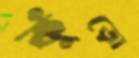
কুঁড়ো